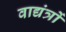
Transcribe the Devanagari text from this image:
वाद्यंत्रों